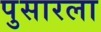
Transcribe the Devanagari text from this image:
पुसारला